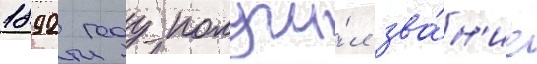
1892 году получи́л зва́н'ие